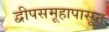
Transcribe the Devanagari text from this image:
द्वीपसमूहापासून